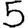
Digit: 5